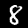
Digit: 8